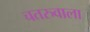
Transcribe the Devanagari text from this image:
चतरुवाला